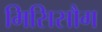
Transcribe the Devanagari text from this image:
मिसिसौग